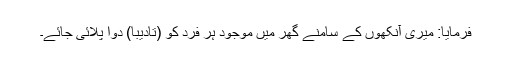
فرمایا: میری آنکھوں کے سامنے گھر میں موجود ہر فرد کو (تادیباً) دوا پلائی جائے۔